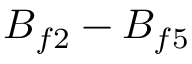
B _ { f 2 } - B _ { f 5 }